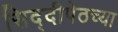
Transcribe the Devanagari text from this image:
सिद्दीपेठच्या